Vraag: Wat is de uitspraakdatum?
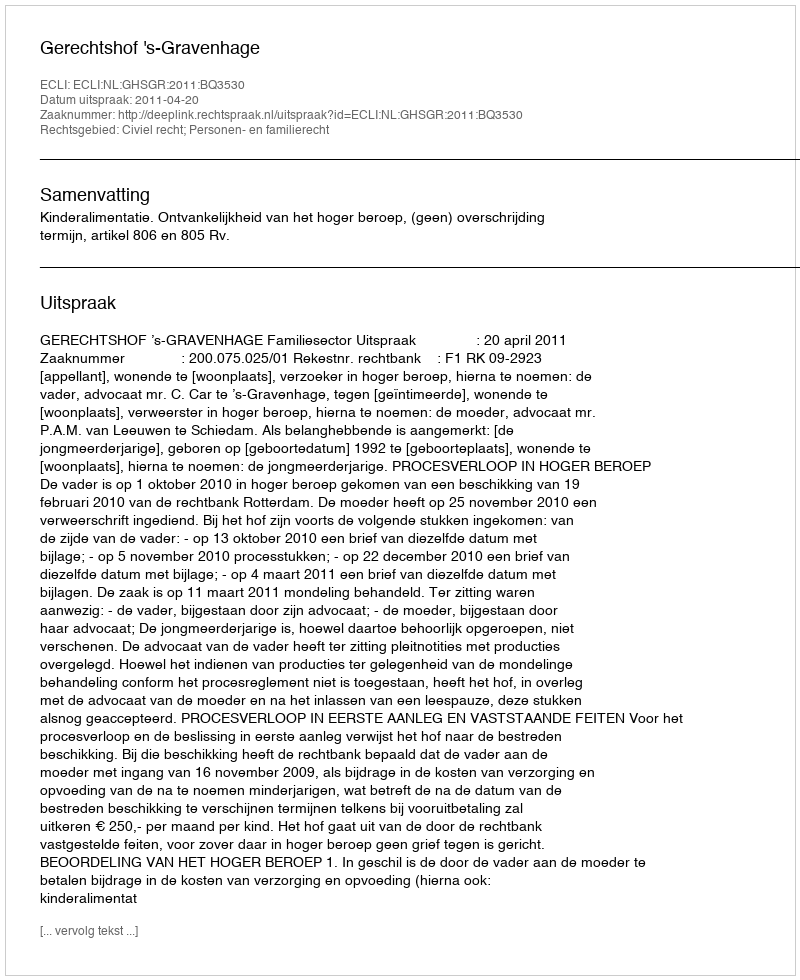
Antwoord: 2011-04-20